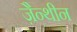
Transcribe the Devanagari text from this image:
ज़ैन्थीन